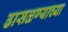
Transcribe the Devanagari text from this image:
ढासळण्याच्या